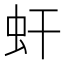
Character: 虷